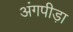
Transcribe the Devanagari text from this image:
अंगपीड़ा